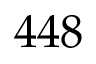
4 4 8